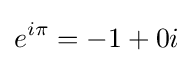
e^{i\pi }=-1+0i